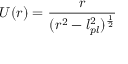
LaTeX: U ( r ) = { \frac { r } { ( r ^ { 2 } - l _ { p l } ^ { 2 } ) ^ { \frac { 1 } { 2 } } } }